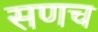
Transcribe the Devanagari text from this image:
सणच